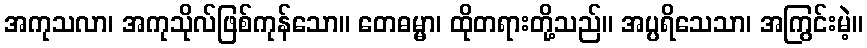
အကုသလာ၊ အကုသိုလ်ဖြစ်ကုန်သော။ တေဓမ္မာ၊ ထိုတရားတို့သည်။ အပ္ပရိသေသာ၊ အကြွင်းမဲ့။